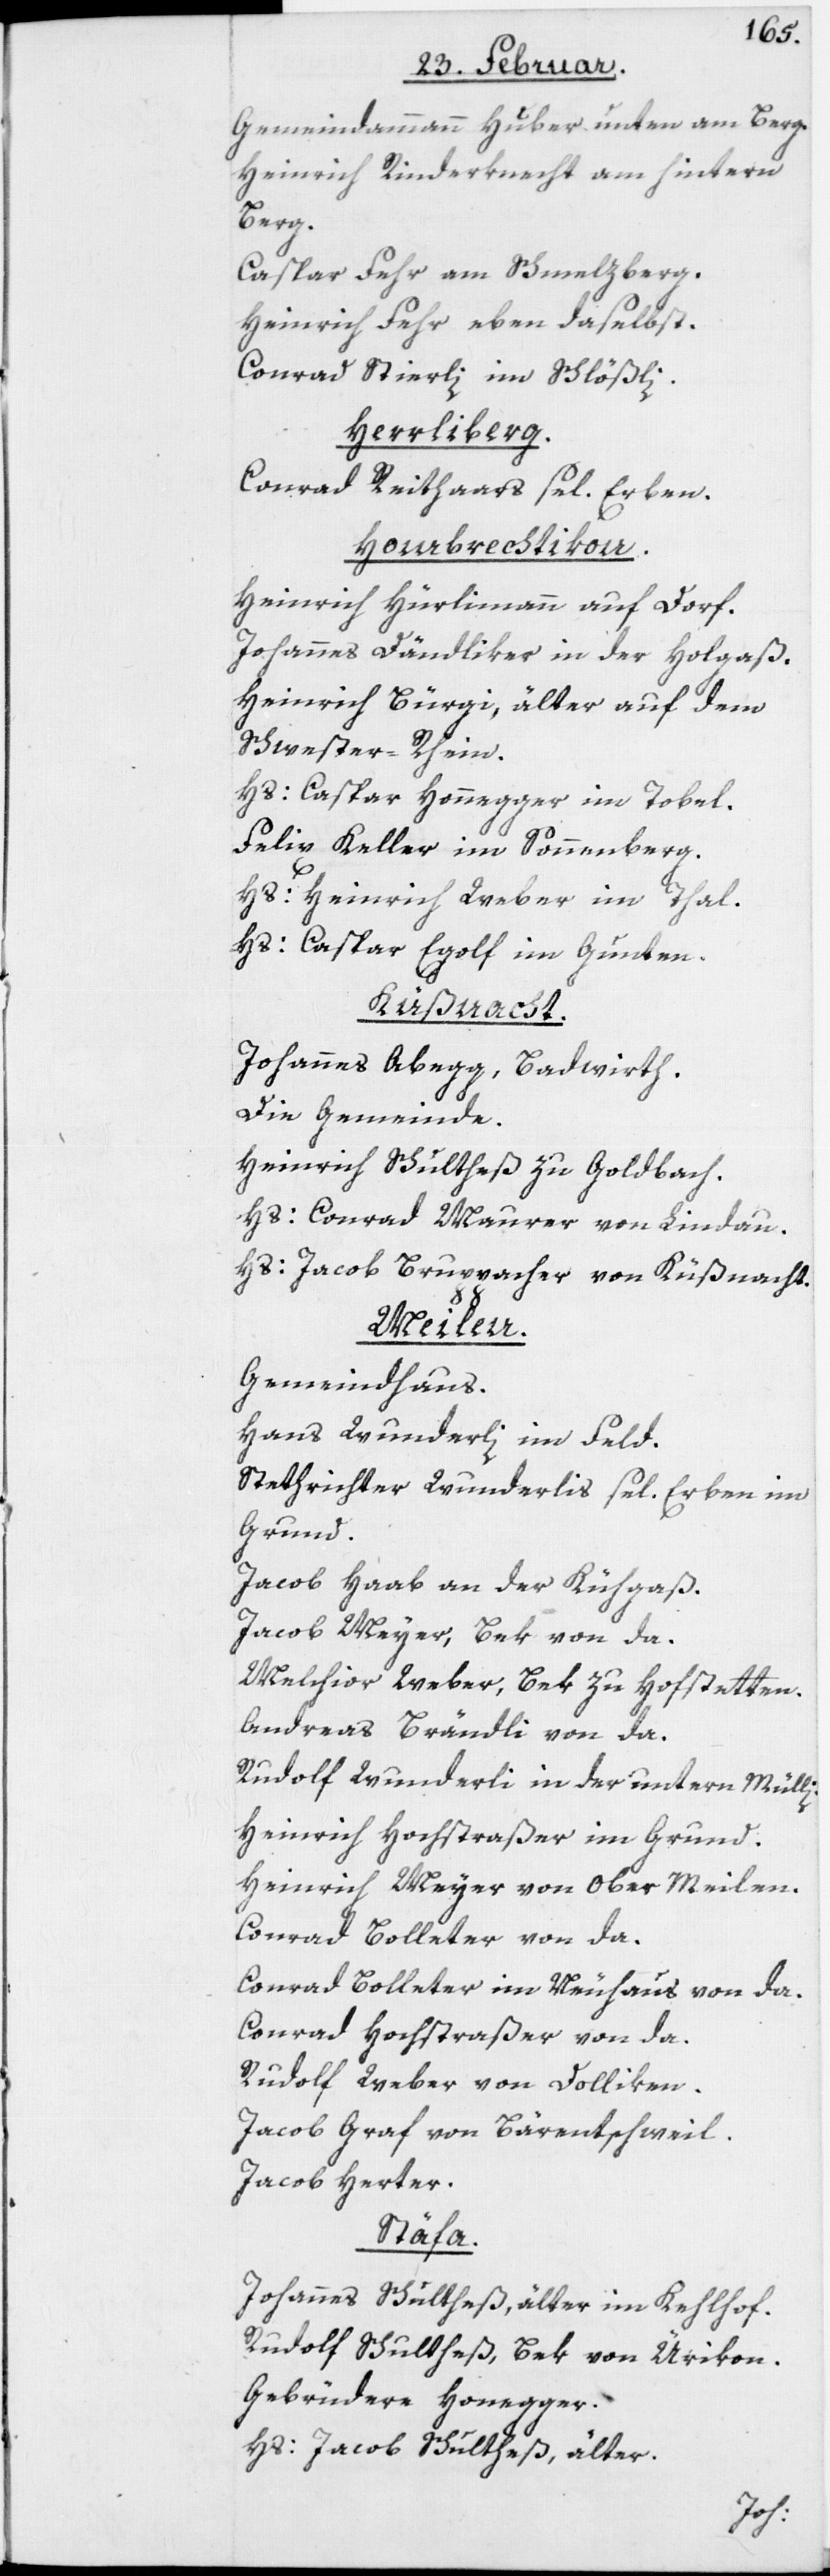
Gemeindammann Huber, unten am Berg.
Heinrich Rinderknecht, am hintern
Berg.
Caspar Fehr am Schmelzberg.
Heinrich Fehr eben daselbst.
Conrad Stierli, im Schlößli.
Herrliberg.
Conrad Reithaars sel. Erben.
Hombrechtikon.
Heinrich Hürlimann auf Dorf.
Johannes Dändliker in der Holgaß.
Heinrich Bürgi, älter auf dem
Schwester-Rhein.
Hs: Caspar Honegger im Tobel.
Felix Keller im Sonnenberg.
Hs: Heinrich Weber im Thal.
Hs: Caspar Egolf im Gunten.
Küßnacht.
Johannes Abegg, Badwirth.
Die Gemeinde.
Heinrich Schultheß zu Goldbach.
Hs: Conrad Maurer von Lindau.
Hs: Jacob Bruppacher von Küßnacht.
Meilen.
Gemeindhaus.
Hans Wunderli im Feld.
Stethrichter Wunderlis sel. Erben im
Grund.
Jacob Haab an der Kühgaß.
Jacob Meyer, Bek von da.
Melchior Weber, Bek zu Hofstetten.
Andreas Brändli von da.
Rudolf Wunderli in der untern Mülli.
Heinrich Hochstraßer im Grund.
Heinrich Meyer von Ober[-]Meilen.
Conrad Bolleter von da.
Conrad Bolleter im Neuhaus von da.
Conrad Hochstraßer von da.
Rudolf Weber von Dolliken.
Jacob Graf von Bärentschweil.
Jacob Herter.
Stäfa.
Johannes Schultheß, älter im Kehlhof.
Rudolf Schultheß, Bek von Ürikon.
Gebrüdere Honegger.
Hs: Jacob Schultheß, älter.